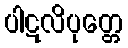
ပါဋလိပုတ္တေ